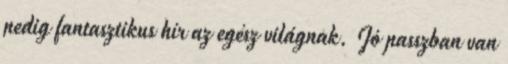
pedig fantasztikus hír az egész világnak. Jó passzban van